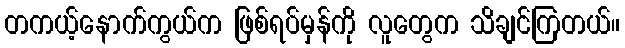
တကယ့်နောက်ကွယ်က ဖြစ်ရပ်မှန်ကို လူတွေက သိချင်ကြတယ်။